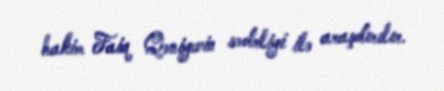
hakim Faiq Qəniyevin sədrliyi ilə araşdırılır.